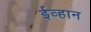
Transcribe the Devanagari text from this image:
ईव्हान